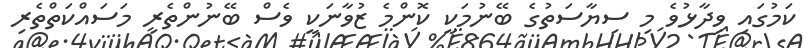
ކަމުގައި ވިދާޅުވެ މި ސިޔާސަތުގެ ބޭނުމަކީ ކޮންމެ ޒުވާނަކީ ވެސް ބޭނުންތެރި މަސައްކަތްތެރި